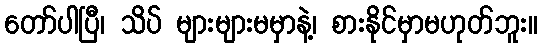
တော်ပါပြီ၊ သိပ် များများမမှာနဲ့၊ စားနိုင်မှာမဟုတ်ဘူး။